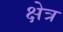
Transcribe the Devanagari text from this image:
क्षेत्र